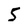
Character: 5